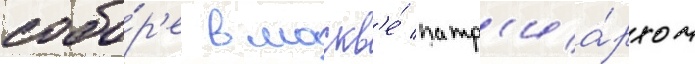
собо́р'е в москв'е́ патр'иа́рхом